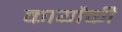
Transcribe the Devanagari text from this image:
कार्योंकी